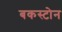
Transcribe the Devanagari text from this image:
बकस्टोन